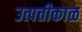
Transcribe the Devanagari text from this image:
उत्पत्तीकाळ